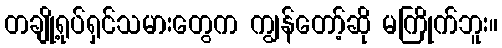
တချို့ရုပ်ရှင်သမားတွေက ကျွန်တော့်ဆို မကြိုက်ဘူး။